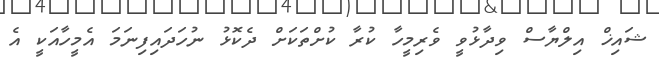
ޝައިޚް އިލްޔާސް ވިދާޅުވީ ވެރިމީހާ ކުރާ ކުށްތަކަށް ދެކޮޅު ނުހަދައިފިނަމަ އެމީހާއަކީ އެ